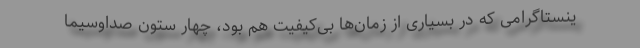
ینستاگرامی که در بسیاری از زمان‌ها بی‌کیفیت هم بود، چهار ستون صداوسیما